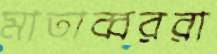
মাতাব্বররা